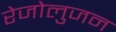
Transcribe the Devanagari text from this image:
रेजोलुजन